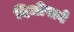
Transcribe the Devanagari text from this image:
दिलीपाने